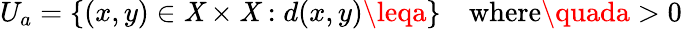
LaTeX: U_{a}=\{ (x,y)\in\mathit{X}\times\mathit{X}:d(x,y)\leqa\} \quad{\mathrm{{where}}}\quada>0